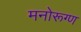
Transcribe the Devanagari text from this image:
मनोरूग्ण